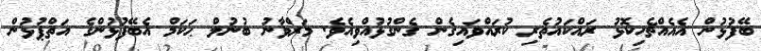
ބޭފުޅުން އެއެއްޗެހިކޮޅު ރައްކައުތެރި ކުރައްވައިގެން ގެންގުޅުއްވިއެވެ. މަރްވާނު ބުނުލް ޙަކަމް އެބޭފުޅުންގެ އަތްޕުޅުން